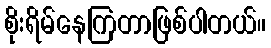
စိုးရိမ်နေကြတာဖြစ်ပါတယ်။